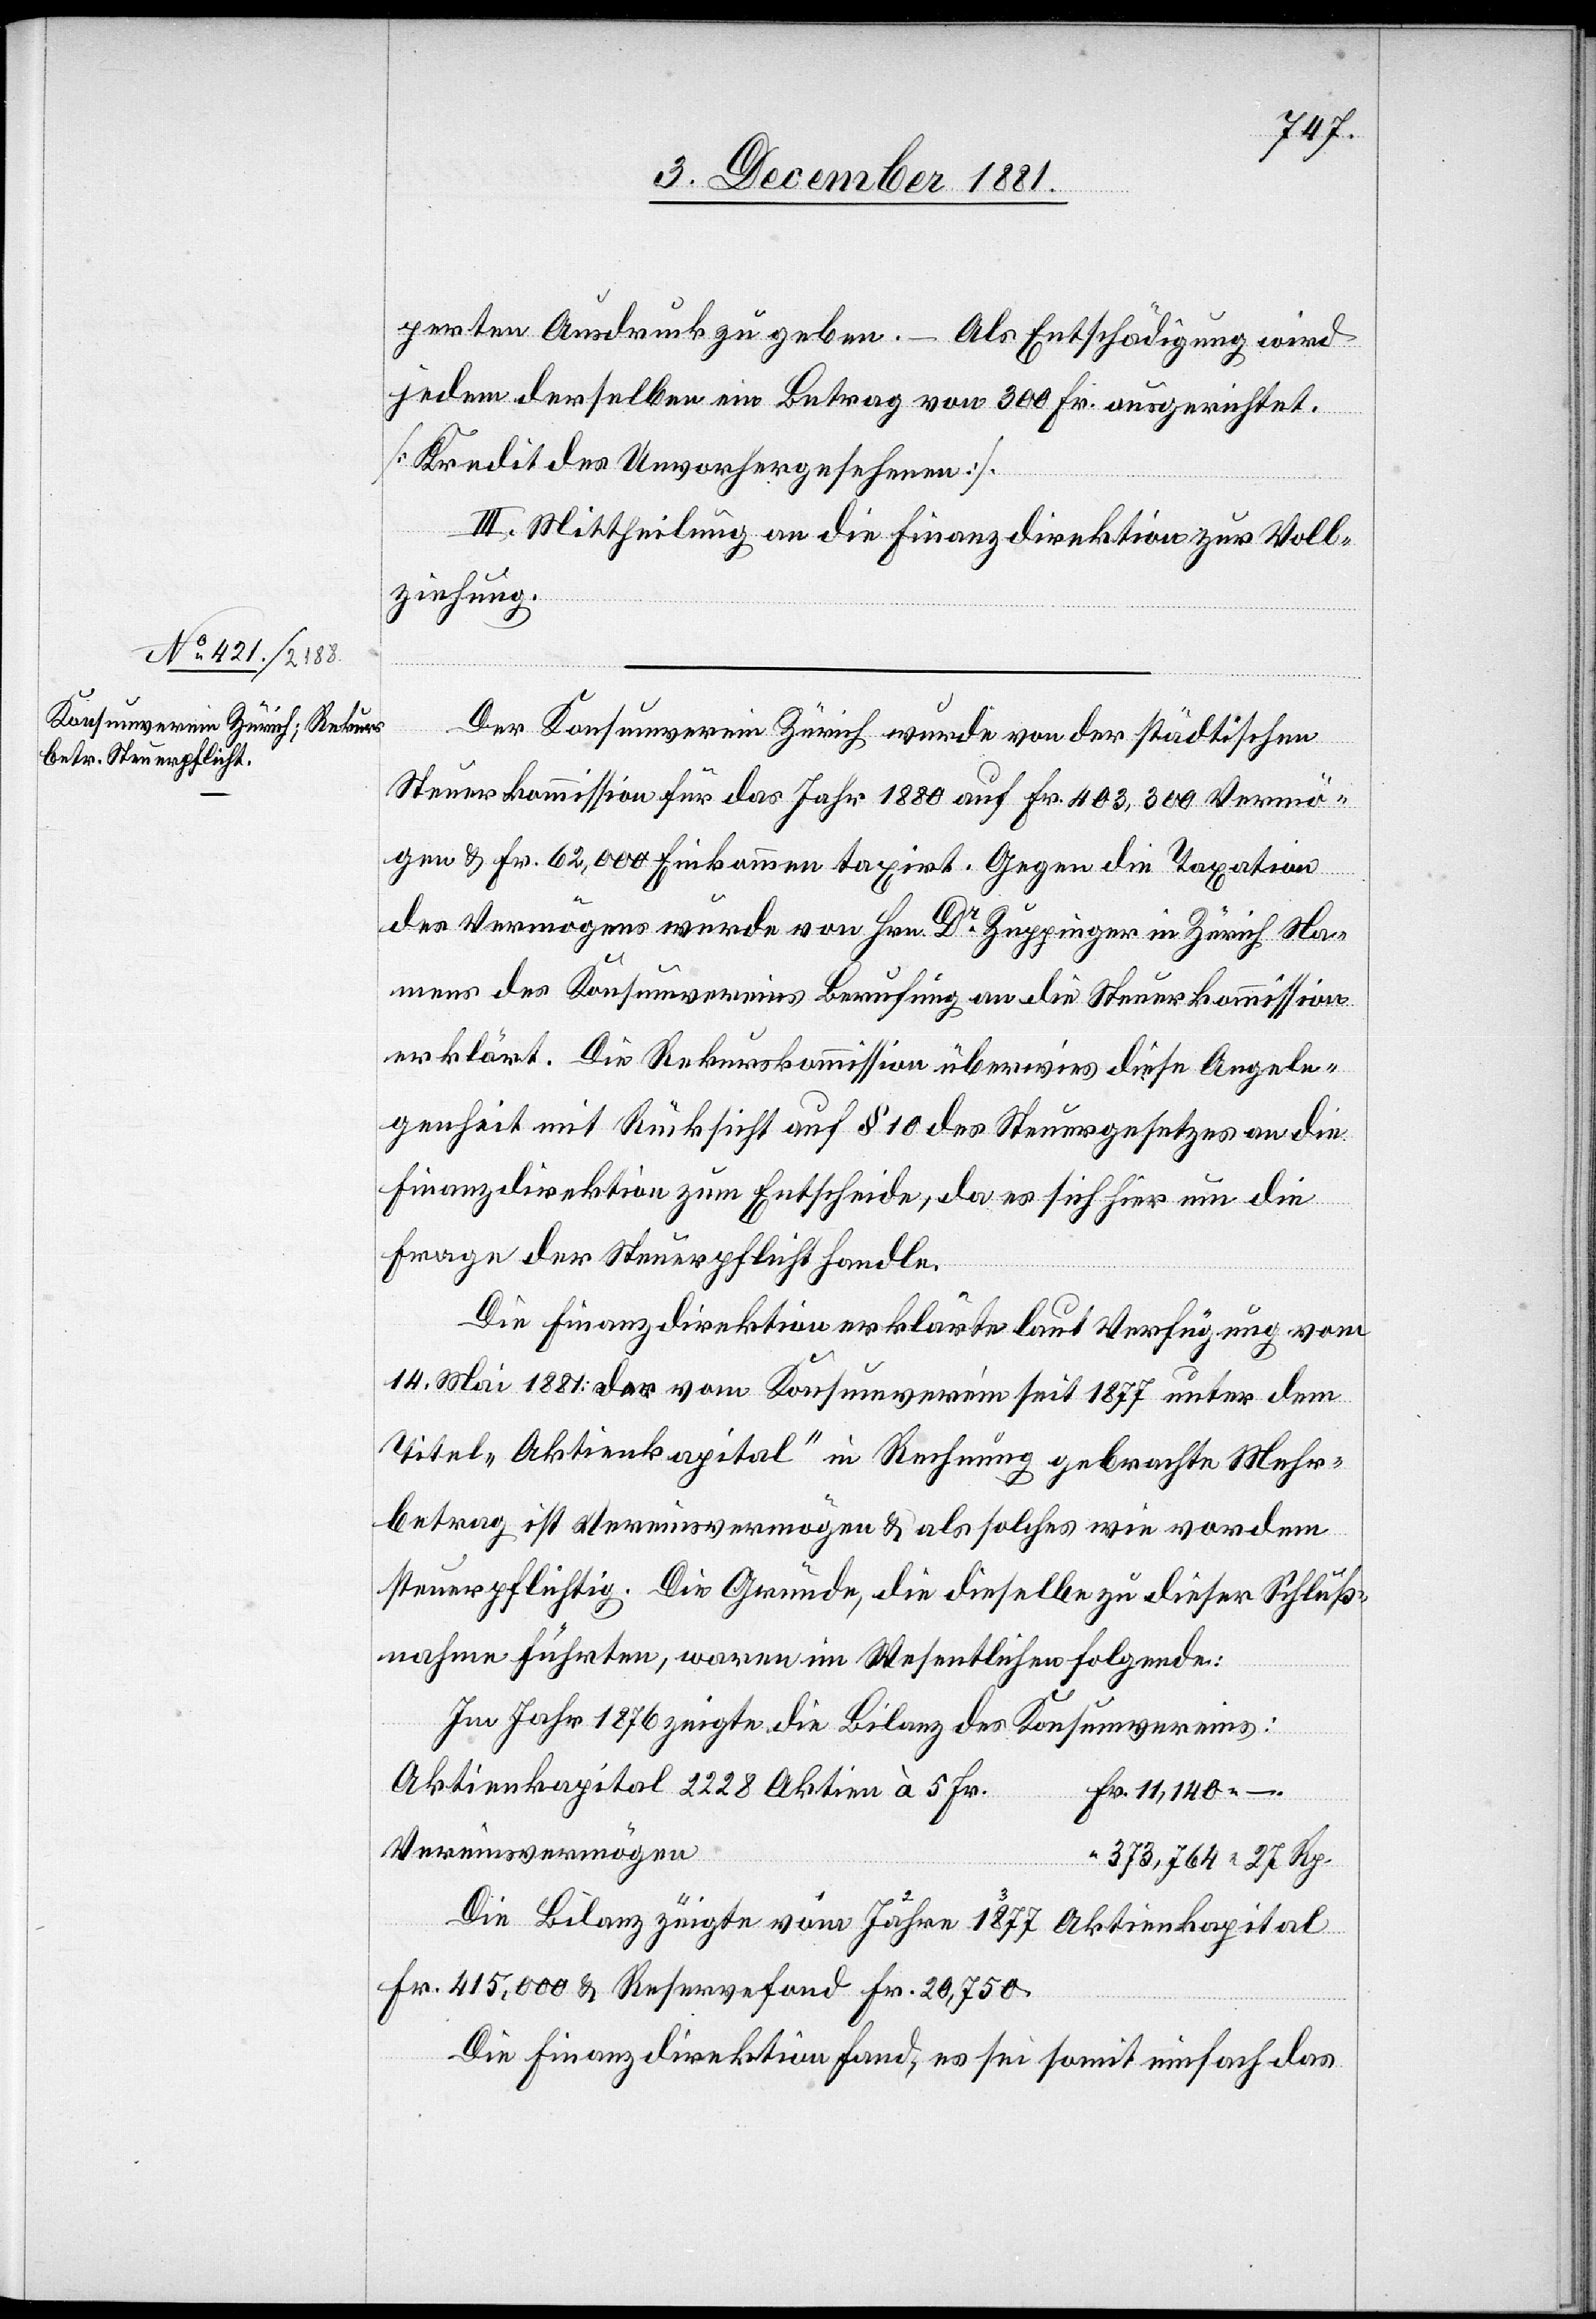
perten Ausdruck zu geben. – Als Entschädigung wird
jedem derselben ein Betrag von 300 Fr. ausgerichtet.
[Kredit des Unvorhergesehenen].
III. Mittheilung an die Finanzdirektion zur Voll¬
ziehung.
Der Konsumverein Zürich wurde von der städtischen
Steuerkommission für das Jahr 1880 auf Fr. 403,300 Vermö¬
gen & Fr. 62,000 Einkommen taxirt. Gegen die Taxation
des Vermögens wurde von Hrn. Dr Zuppinger in Zürich Na¬
mens des Konsumvereins Berufung an die Steuerkommission
erklärt. Die Rekurskommission überwies diese Angele¬
genheit mit Rücksicht auf § 10 des Steuergesetzes an die
Finanzdirektion zum Entscheide, da es sich hier um die
Frage der Steuerpflicht handle.
Die Finanzdirektion erklärte laut Verfügung vom
14. Mai 1881: der vom Konsumverein seit 1877 unter dem
Titel „Aktienkapital“ in Rechnung gebrachte Mehr¬
betrag ist Vereinsvermögen & als solches wie vor dem
steuerpflichtig. Die Gründe die dieselbe zu dieser Schluß¬
nahme führten, waren im Wesentlichen folgende:
Im Jahr 1876 zeigte die Bilanz des Konsumvereins:
Aktienkapital 2228 Aktien à 5 Fr.	F¬
r. 11,140 –.
Vereinsvermögen
373,764 27 Rp.
Die Bilanz zeigte vom Jahre 1877 Aktienkapital
Fr. 415,00 & Reservefond Fr. 20,750.
Die Finanzdirektion fand, es sei somit einfach das